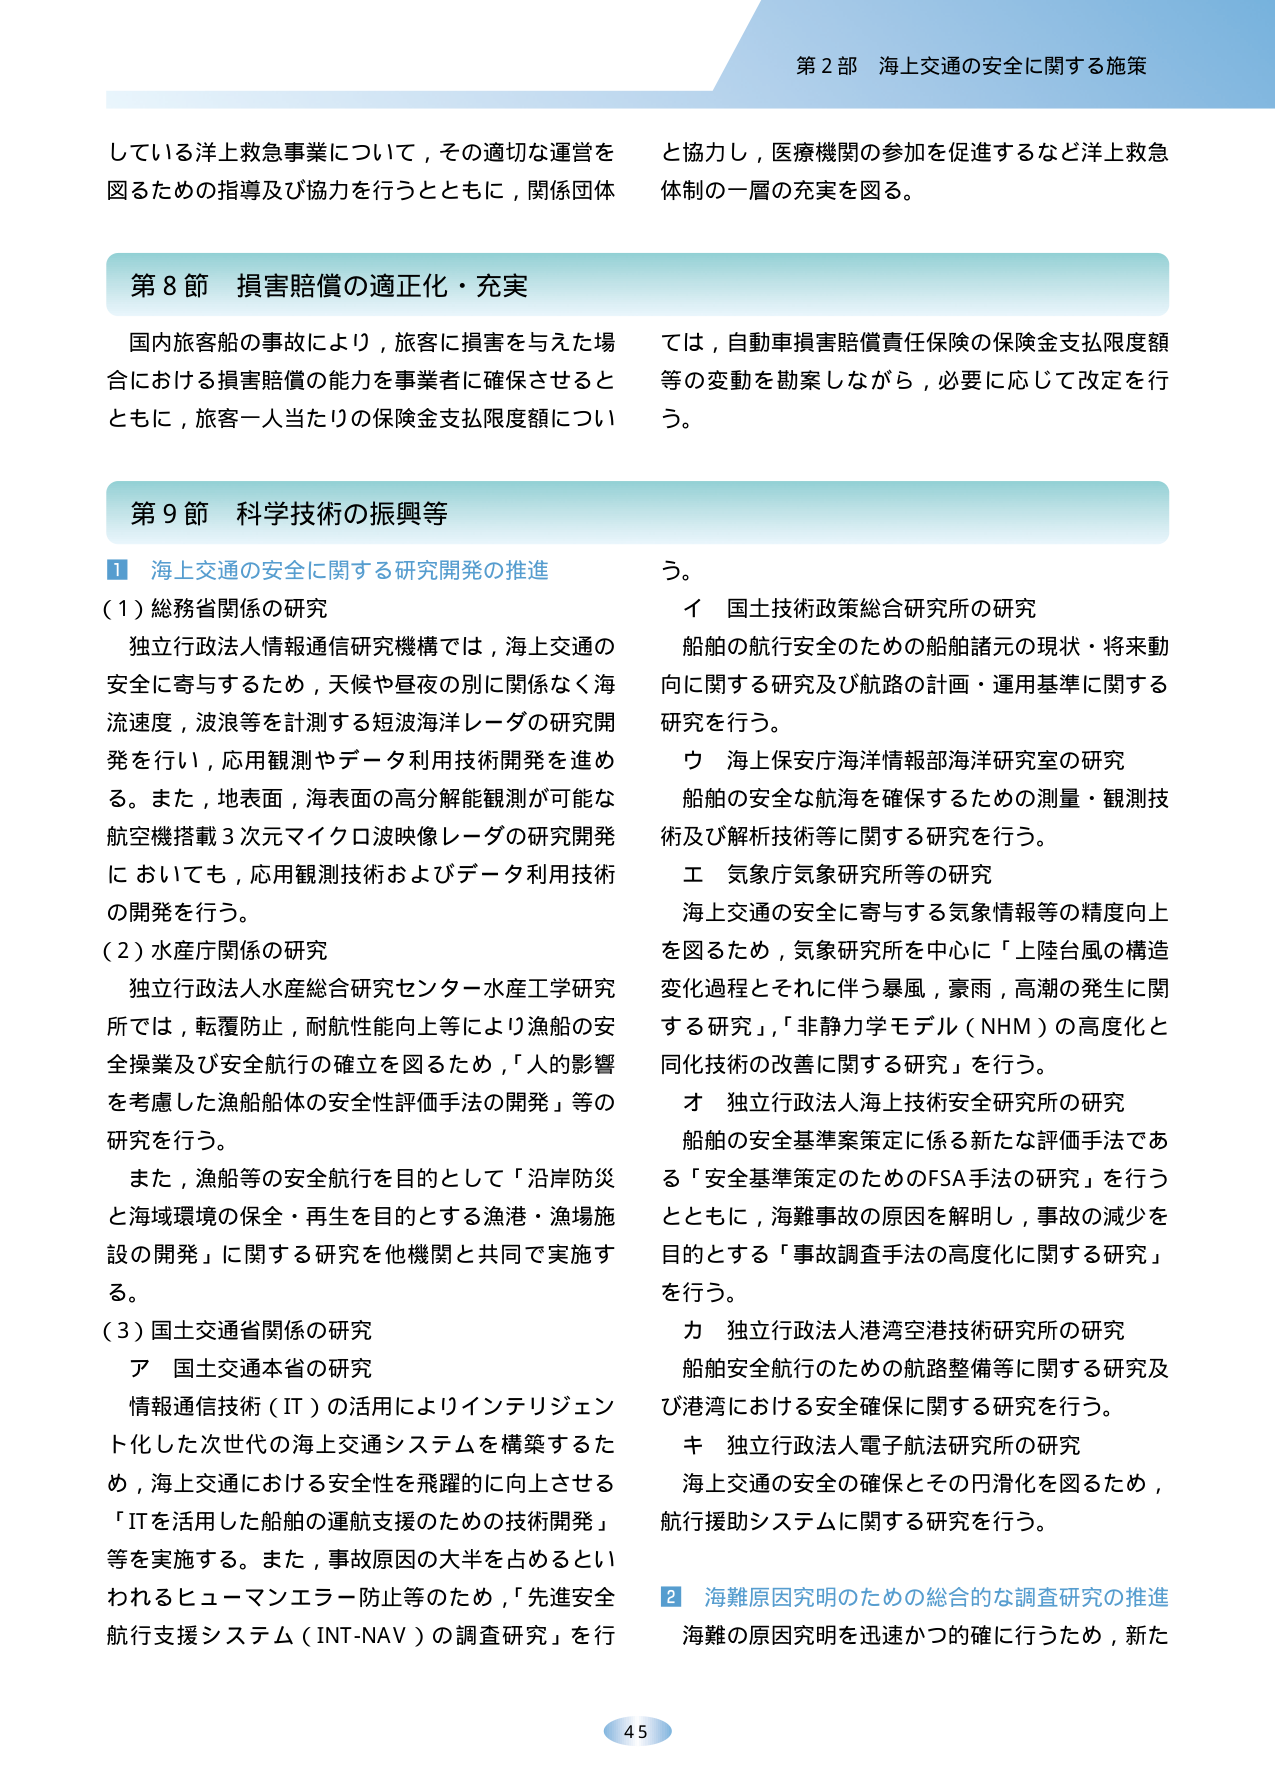
第２部 海上交通の安全に関する施策

している洋上救急事業について，その適切な運営を
図るための指導及び協力を行うとともに，関係団体
と協力し，医療機関の参加を促進するなど洋上救急
体制の一層の充実を図る。

第８節 損害賠償の適正化・充実

国内旅客船の事故により，旅客に損害を与えた場
合における損害賠償の能力を事業者に確保させると
ともに，旅客一人当たりの保険金支払限度額につい
ては，自動車損害賠償責任保険の保険金支払限度額
等の変動を勘案しながら，必要に応じて改定を行
う。

第９節 科学技術の振興等

１ 海上交通の安全に関する研究開発の推進

（１）総務省関係の研究
独立行政法人情報通信研究機構では，海上交通の
安全に寄与するため，天候や昼夜の別に関係なく海
流速度，波浪等を計測する短波海洋レーダの研究開
発を行い，応用観測やデータ利用技術開発を進め
る。また，地表面，海表面の高分解能観測が可能な
航空機搭載３次元マイクロ波映像レーダの研究開発
においても，応用観測技術およびデータ利用技術
の開発を行う。

（２）水産庁関係の研究
独立行政法人水産総合研究センター水産工学研究
所では，転覆防止，耐航性能向上等により漁船の安
全操業及び安全航行の確立を図るため，「人的影響
を考慮した漁船船体の安全性評価手法の開発」等の
研究を行う。
また，漁船等の安全航行を目的として「沿岸防災
と海域環境の保全・再生を目的とする漁港・漁場施
設の開発」に関する研究を他機関と共同で実施す
る。

（３）国土交通省関係の研究
ア 国土交通本省の研究
情報通信技術（IT）の活用によりインテリジェン
ト化した次世代の海上交通システムを構築するた
め，海上交通における安全性を飛躍的に向上させる
「ITを活用した船舶の運航支援のための技術開発」
等を実施する。また，事故原因の大半を占めるとい
われるヒューマンエラー防止等のため，「先進安全
航行支援システム（INT-NAV）の調査研究」を行
う。
イ 国土技術政策総合研究所の研究
船舶の航行安全のための船舶諸元の現状・将来動
向に関する研究及び航路の計画・運用基準に関する
研究を行う。
ウ 海上保安庁海洋情報部海洋研究室の研究
船舶の安全な航海を確保するための測量・観測技
術及び解析技術等に関する研究を行う。
エ 気象庁気象研究所等の研究
海上交通の安全に寄与する気象情報等の精度向上
を図るため，気象研究所を中心に「上陸台風の構造
変化過程とそれに伴う暴風，豪雨，高潮の発生に関
する研究」，「非静力学モデル（NHM）の高度化と
同化技術の改善に関する研究」を行う。
オ 独立行政法人海上技術安全研究所の研究
船舶の安全基準策定に係る新たな評価手法であ
る「安全基準策定のためのFSA手法の研究」を行う
とともに，海難事故の原因を解明し，事故の減少を
目的とする「事故調査手法の高度化に関する研究」
を行う。
カ 独立行政法人港湾空港技術研究所の研究
船舶安全航行のための航路整備等に関する研究及
び港湾における安全確保に関する研究を行う。
キ 独立行政法人電子航法研究所の研究
海上交通の安全の確保とその円滑化を図るため，
航行援助システムに関する研究を行う。

２ 海難原因究明のための総合的な調査研究の推進
海難の原因究明を迅速かつ的確に行うため，新た

45